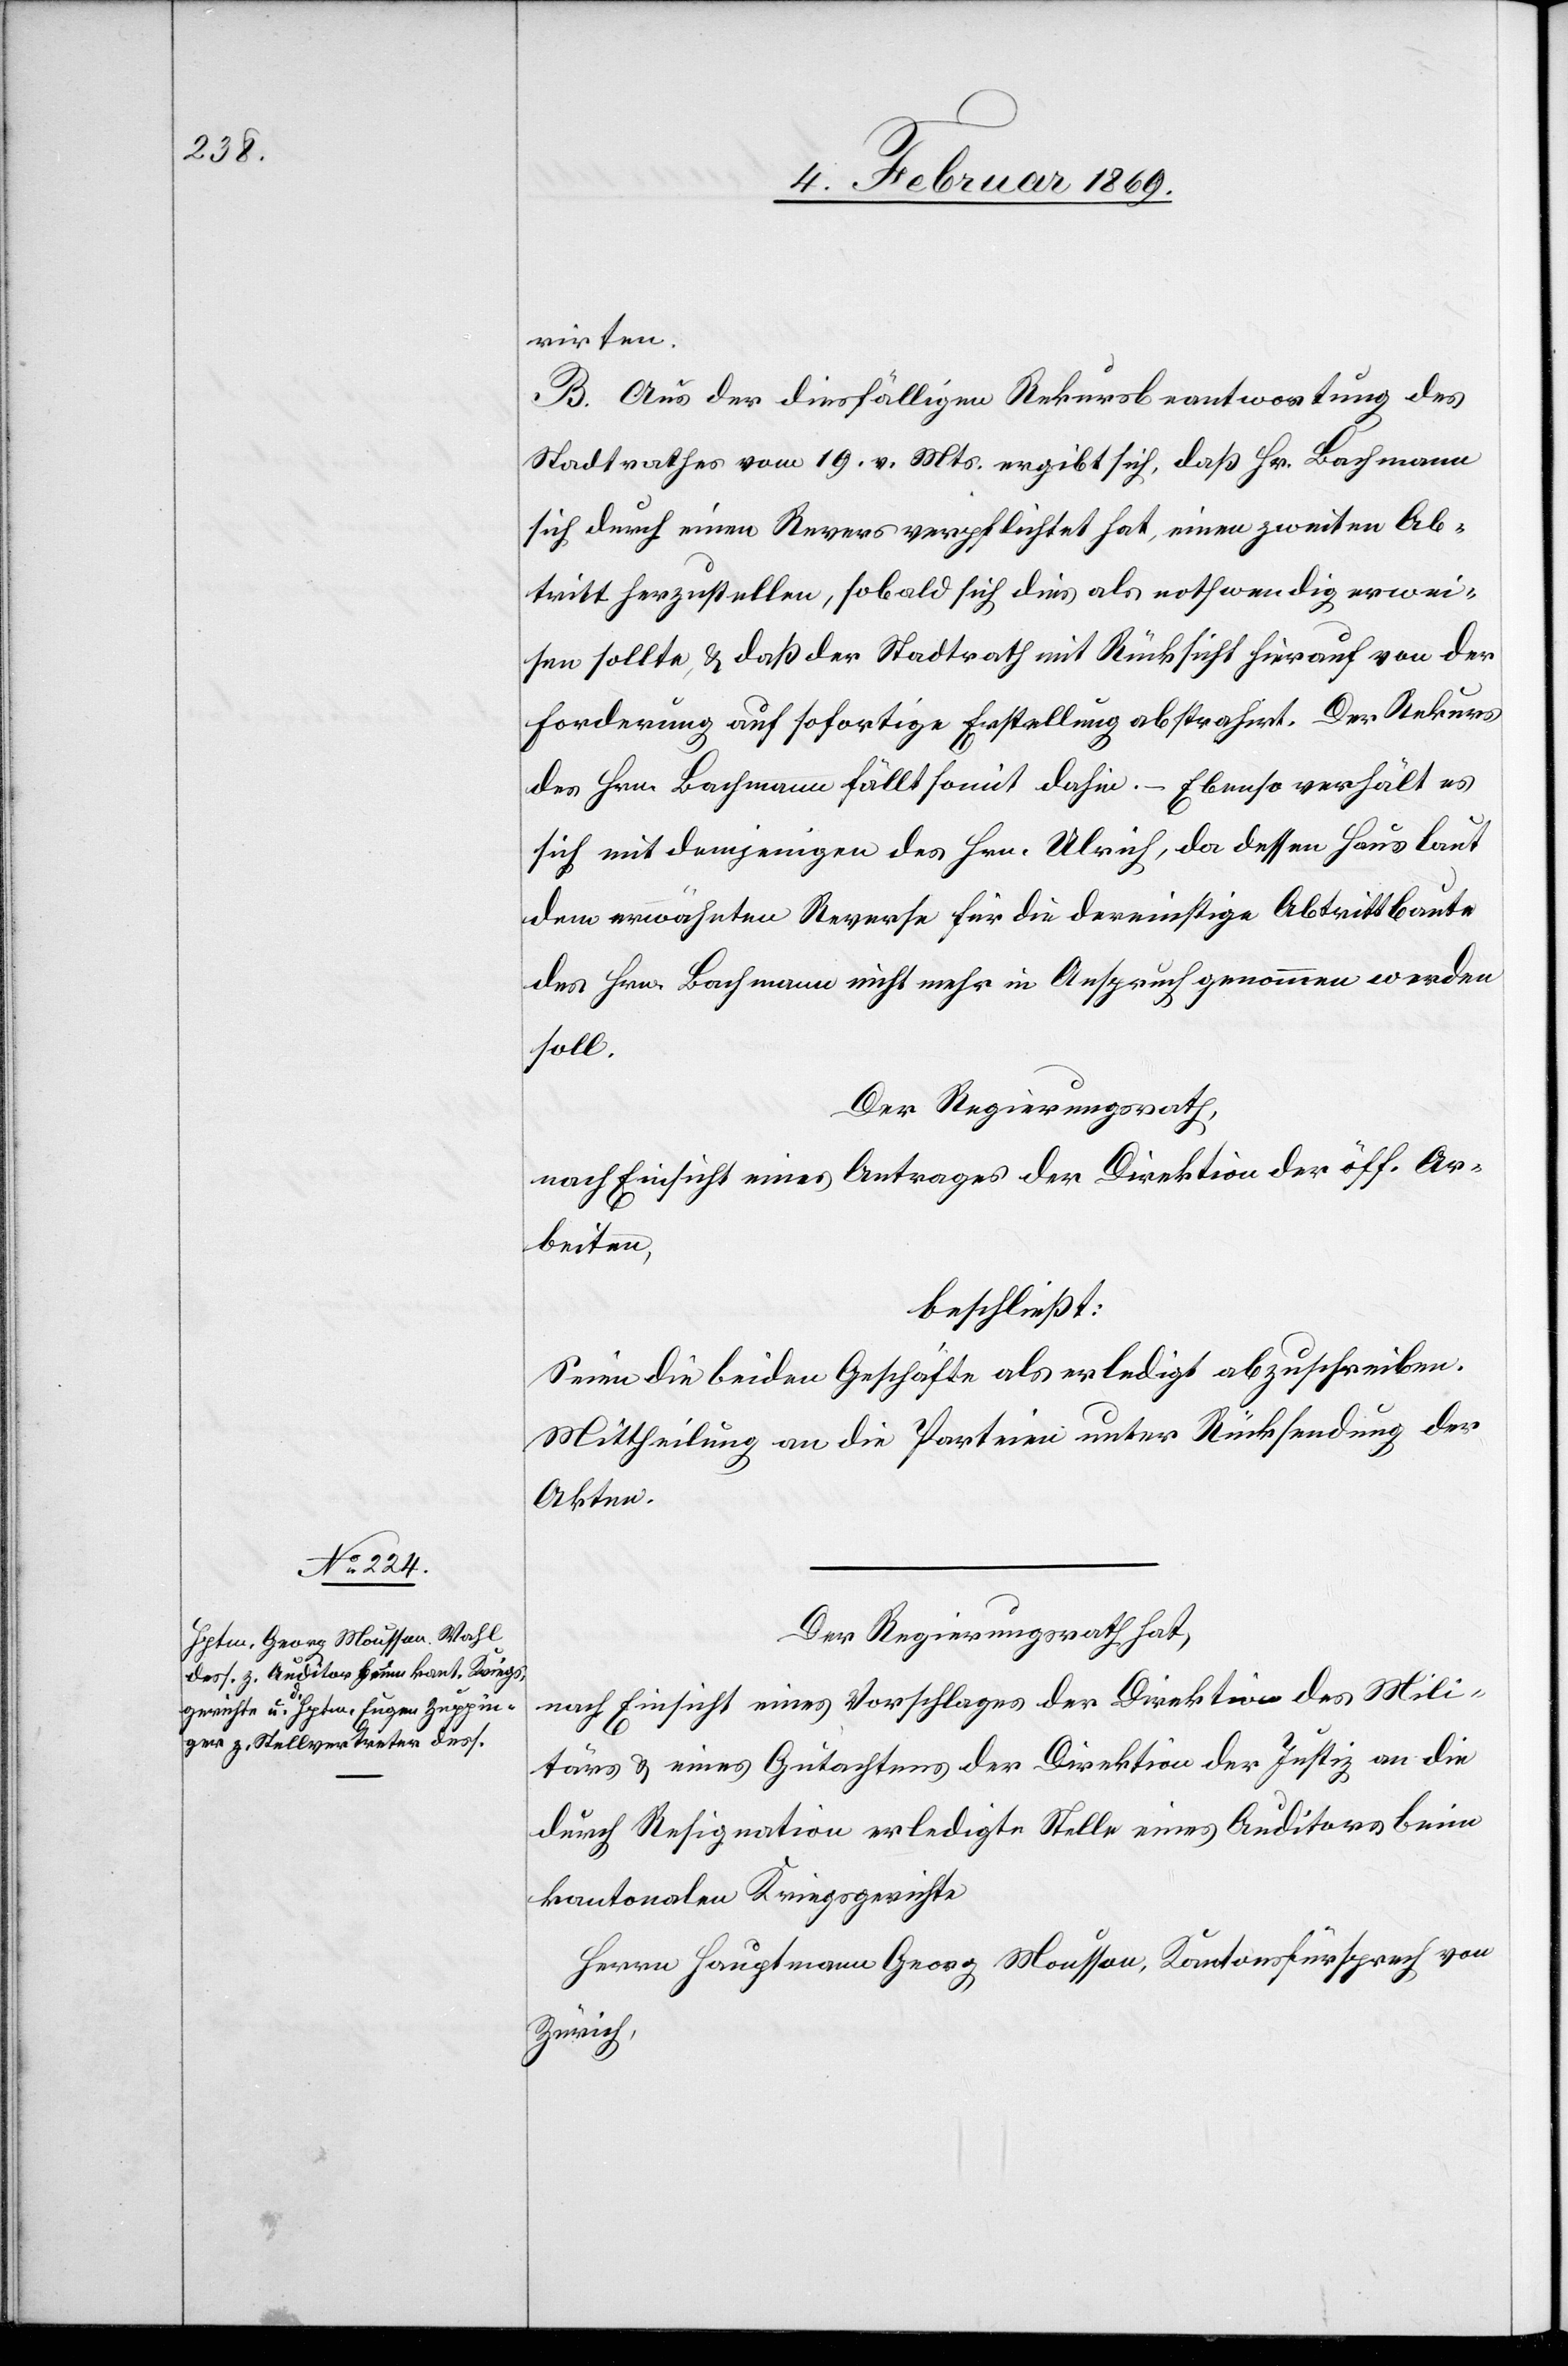
rirten.
B. Aus der diesfälligen Rekursbeantwortung des
Stadtrathes vom 19. v. Mts. ergibt sich, daß Hr. Bachmann
sich durch einen Revers verpflichtet hat, einen zweiten Ab¬
tritt herzustellen, sobald sich dies als nothwendig erwei¬
sen sollte, u. daß der Stadtrath mit Rücksicht hierauf von der
Forderung auf sofortige Erstellung abstrahirt. Der Rekurs
des Hrn. Bachmann fällt somit dahin. – Ebenso verhält es
sich mit demjenigen des Hrn. Ulrich, da dessen Haus laut
dem erwähnten Reverse für die dereinstige Abtrittbaute
des Hrn. Bachmann nicht mehr in Anspruch genommen werden
soll.
Der Regierungsrath,
nach Einsicht eines Antrages der Direktion der öff. Ar¬
beiten,
beschließt:
Seien die beiden Geschäfte als erledigt abzuschreiben.
Mittheilung an die Parteien unter Rücksendung der
Akten.
Der Regierungsrath hat,
nach Einsicht eines Vorschlages der Direktion des Mili¬
tärs, eines Gutachtens der Direktion der Justiz an die
durch Resignation erledigte Stelle eines Auditors beim
kantonalen Kriegsgerichte
Herrn Hauptmann Georg Mousson, Kantonsfürsprech von
Zürich,